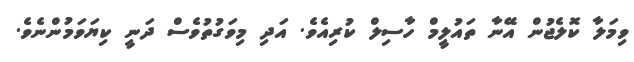
ވިމަލާ ކޮލެޖުން އޭނާ ތައުލީމް ހާސިލް ކުރިއެވެ. އަދި މިވަގުތުވެސް ދަނީ ކިޔަވަމުންނެވެ.